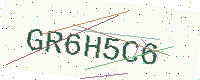
Text: GR6H5C6